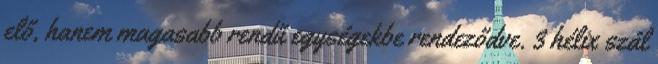
elő, hanem magasabb rendű egységekbe rendeződve. 3 hélix szál